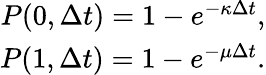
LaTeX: \begin{array}{r}{P(0,\Delta t)=1-e^{-\kappa\Delta t},}\\ {P(1,\Delta t)=1-e^{-\mu\Delta t}.}\end{array}